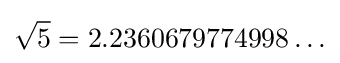
{\sqrt {5}}=2.2360679774998\ldots